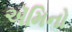
ઍમિનો